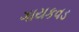
ગાયકવડ